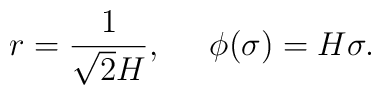
r=\frac{1}{\sqrt{2}H},\;\;\;\;\;\phi(\sigma)=H\sigma.